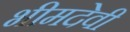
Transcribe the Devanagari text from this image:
भीमदेवी